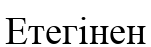
Етегінен